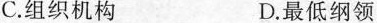
C.组织机构 D.最低纲领